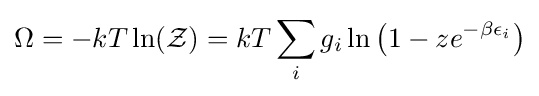
\Omega =-kT\ln({\mathcal {Z}})=kT\sum _{i}g_{i}\ln \left(1-ze^{-\beta \epsilon _{i}}\right)